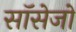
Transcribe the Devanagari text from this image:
सॉसेजों